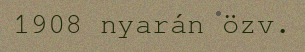
1908 nyarán özv.